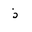
Letter: _thal